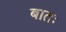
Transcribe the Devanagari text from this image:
बातः